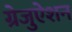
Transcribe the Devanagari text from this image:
ग्रेजुऐशन